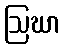
ဩဃာ